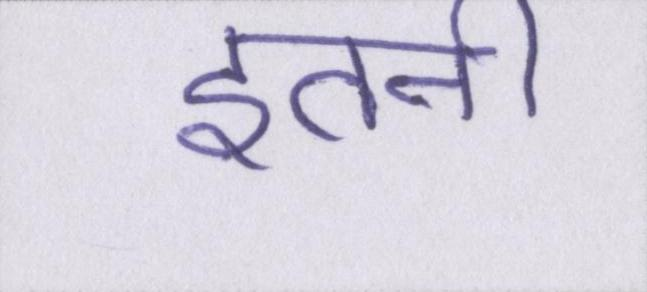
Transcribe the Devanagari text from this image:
इतनी